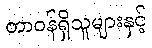
တာဝန်ရှိသူများနှင့်